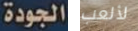
الجودة لألعب